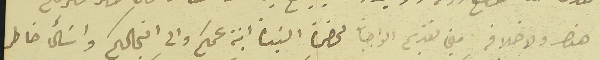
هذه ولا خلاف مني تقديم الواجبات لحضرة السَيدة ابنة عمكم والى انجالكم واسَأل خاطر